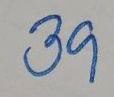
39